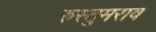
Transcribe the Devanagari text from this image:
रुस्तुमराव